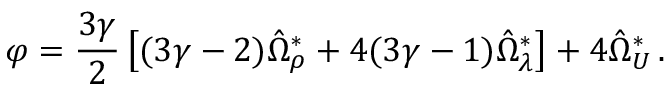
\varphi = \frac { 3 \gamma } { 2 } \left[ ( 3 \gamma - 2 ) \hat { \Omega } _ { \rho } ^ { \ast } + 4 ( 3 \gamma - 1 ) \hat { \Omega } _ { \lambda } ^ { \ast } \right] + 4 \hat { \Omega } _ { \cal U } ^ { \ast } \, .